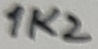
Text: 1K2